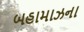
બહામાઝના